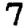
Digit: 7